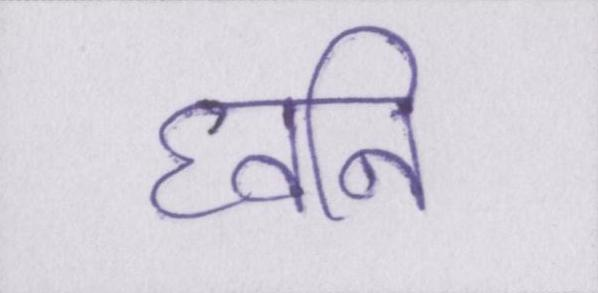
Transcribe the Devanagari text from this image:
घ्वनि